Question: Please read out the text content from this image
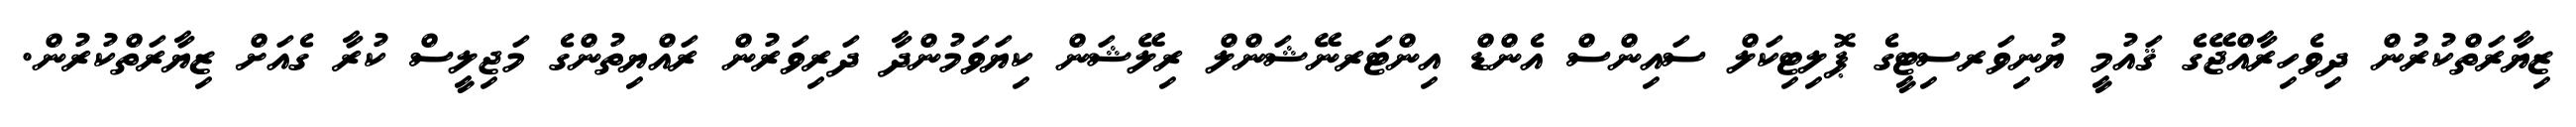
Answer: ޒިޔާރަތްކުރުން ދިވެހިރާއްޖޭގެ ޤައުމީ ޔުނިވަރސިޓީގެ ޕޮލިޓިކަލް ސައިންސް އެންޑް އިންޓަރނޭޝަންލް ރިލޭޝަން ކިޔަވަމުންދާ ދަރިވަރުން ރައްޔިތުންގެ މަޖިލީސް ކުރާ ގެއަށް ޒިޔާރަތްކުރުން.